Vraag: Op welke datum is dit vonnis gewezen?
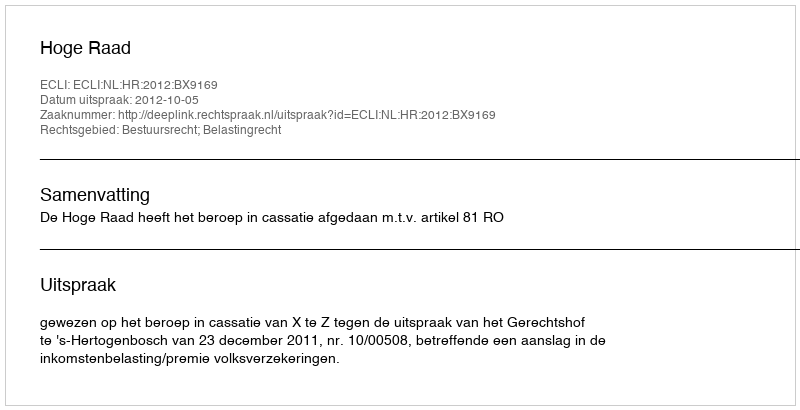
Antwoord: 2012-10-05